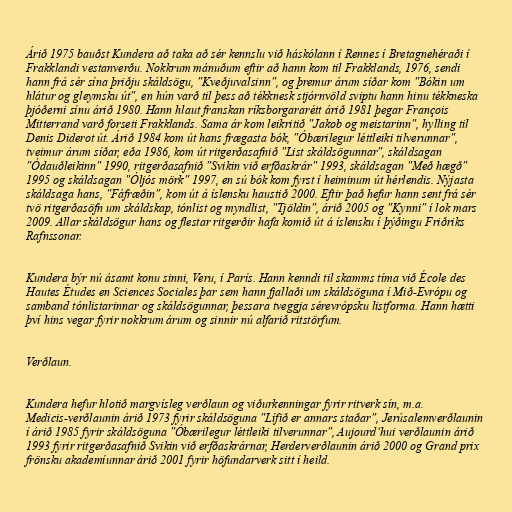
Árið 1975 bauðst Kundera að taka að sér kennslu við háskólann í Rennes í Bretagnehéraði í
Frakklandi vestanverðu. Nokkrum mánuðum eftir að hann kom til Frakklands, 1976, sendi
hann frá sér sína þriðju skáldsögu, "Kveðjuvalsinn", og þremur árum síðar kom "Bókin um
hlátur og gleymsku út", en hún varð til þess að tékknesk stjórnvöld sviptu hann hinu tékkneska
þjóðerni sínu árið 1980. Hann hlaut franskan ríksborgararétt árið 1981 þegar François
Mitterrand varð forseti Frakklands. Sama ár kom leikritið "Jakob og meistarinn", hylling til
Denis Diderot út. Árið 1984 kom út hans frægasta bók, "Óbærilegur léttleiki tilverunnar",
tveimur árum síðar, eða 1986, kom út ritgerðasafnið "List skáldsögunnar", skáldsagan
"Ódauðleikinn" 1990, ritgerðasafnið "Svikin við erfðaskrár" 1993, skáldsagan "Með hægð"
1995 og skáldsagan "Óljós mörk" 1997, en sú bók kom fyrst í heiminum út hérlendis. Nýjasta
skáldsaga hans, "Fáfræðin", kom út á íslensku haustið 2000. Eftir það hefur hann sent frá sér
tvö ritgerðasöfn um skáldskap, tónlist og myndlist, "Tjöldin", árið 2005 og "Kynni" í lok mars
2009. Allar skáldsögur hans og flestar ritgerðir hafa komið út á íslensku í þýðingu Friðriks
Rafnssonar.

Kundera býr nú ásamt konu sinni, Veru, í París. Hann kenndi til skamms tíma við École des
Hautes Études en Sciences Sociales þar sem hann fjallaði um skáldsöguna í Mið-Evrópu og
samband tónlistarinnar og skáldsögunnar, þessara tveggja sérevrópsku listforma. Hann hætti
því hins vegar fyrir nokkrum árum og sinnir nú alfarið ritstörfum.

Verðlaun.

Kundera hefur hlotið margvísleg verðlaun og viðurkenningar fyrir ritverk sín, m.a.
Medicis-verðlaunin árið 1973 fyrir skáldsöguna "Lífið er annars staðar", Jerúsalemverðlaunin
í árið 1985 fyrir skáldsöguna "Óbærilegur léttleiki tilverunnar", Aujourd‘hui verðlaunin árið
1993 fyrir ritgerðasafnið Svikin við erfðaskrárnar, Herderverðlaunin árið 2000 og Grand prix
frönsku akademíunnar árið 2001 fyrir höfundarverk sitt í heild.